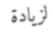
لزيادة